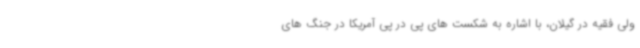
ولی فقیه در گیلان، با اشاره به شکست های پی در پی آمریکا در جنگ های